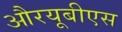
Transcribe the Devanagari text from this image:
औरयूबीएस